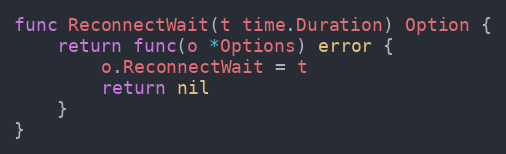
Language: Go
func ReconnectWait(t time.Duration) Option {
	return func(o *Options) error {
		o.ReconnectWait = t
		return nil
	}
}